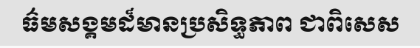
ធ៌មសង្គមដ៏មានប្រសិទ្ធភាព ជាពិសេស